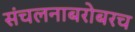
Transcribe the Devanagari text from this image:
संचलनाबरोबरच